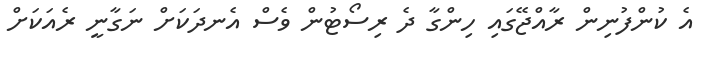
އެ ކުންފުނިން ރާއްޖޭގައި ހިންގާ ދެ ރިސޯޓުން ވެސް އެނދަކަށް ނަގާނީ ރެއަކަށް